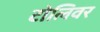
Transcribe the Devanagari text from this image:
टोलिवर